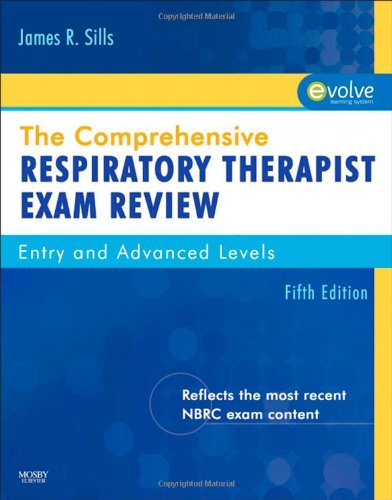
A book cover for The Comprehensive Respiratory Therapist Exam Review: Entry and Advanced Levels, 5e; James R. Sills; Medical Books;